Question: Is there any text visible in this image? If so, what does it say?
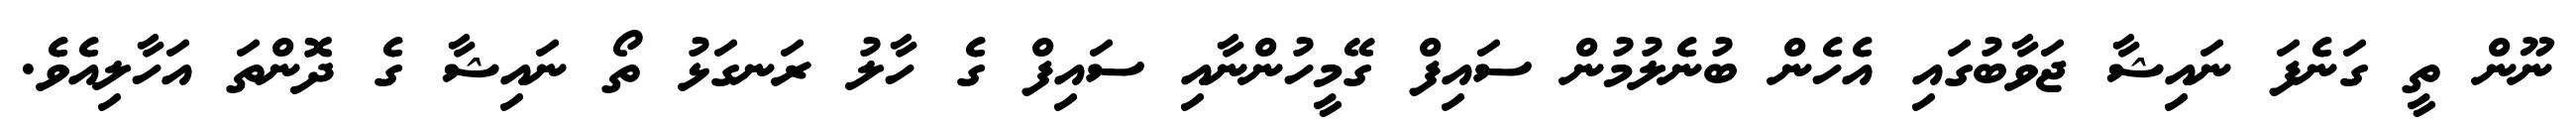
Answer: ނޫން ތީ ގަނެފަ ނައިޝާ ޖަވާބުގައި އެހެން ބުނެލުމުން ސައިފް ގޭމީހުންނާއި ސައިފް ގެ ހާލު ރަނގަޅު ތޯ ނައިޝާ ގެ ދޮންތަ އަހާލިއެވެ.